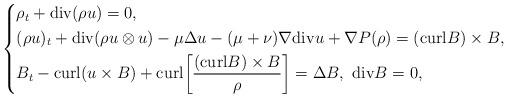
LaTeX: \begin{align*}\left\{\begin{aligned}&\rho_t+{\rm div}(\rho u)=0,\\&(\rho u)_t+{\rm div}(\rho u\otimes u)-\mu \Delta u-(\mu+\nu)\nabla {\rm div}u +\nabla P(\rho)=({\rm curl} B)\times B,\\&B_t -{\rm curl}(u \times B)+{{\rm curl} { \left[\frac{({\rm curl} B)\times B}{\rho}\right]}}= \Delta B, \ {\rm div} B=0,\end{aligned}\right.\end{align*}